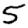
Digit: 5